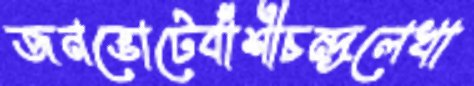
জনভোটেবাঁশীচন্দ্রলেখা